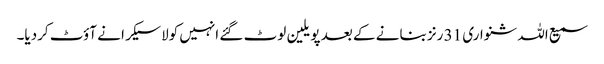
سمیع اللہ شنواری 31 رنز بنانے کے بعد پویلین لوٹ گئے انہیں کولاسیکرا نے آؤٹ کردیا۔